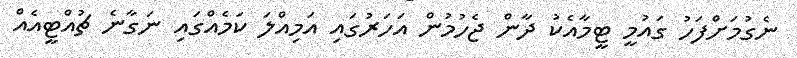
ނެގުމަށްފަހު ގައުމީ ޓީމާއެކު ދާން ޖެހުމުން އަހަރުގައި އަމިއްލަ ކަމެއްގައި ނަގާނެ ޗުއްޓީއެއް